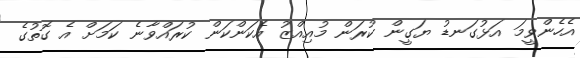
އެހެންވީމަ އަޅުގަނޑު ޔަގީން ކުރަން މުއިއްޒު އެކަންކަން ކުރައްވާނެ ކަމަށް އެ ގޮތުގެ